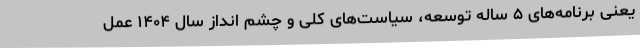
یعنی برنامه‌های ۵ ساله توسعه، سیاست‌های کلی و چشم انداز سال ۱۴۰۴ عمل